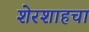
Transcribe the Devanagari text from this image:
शेरशाहचा